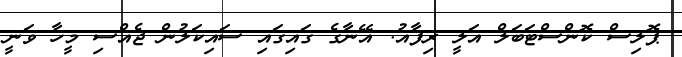
ޕޮލިސް ކޮންސްޓަބަލް އަލީ ރިފާއު: އޭނާގެ ގައިގައި ސައިކަލުން ޖެއްސި މީހާ ވަނީ